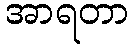
အာရတာ